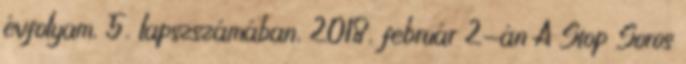
évfolyam, 5. lapszszámában, 2018. február 2-án A Stop Soros